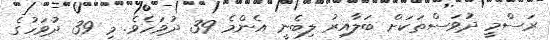
ރަސްމީ ދުވަސްތަކަށް ބަލާއިރު ލިބެނީ އެންމެ 39 ދުވަހެވެ. މި 39 ދުވަހުގެ